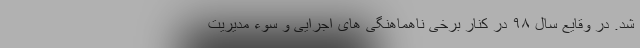
شد. در وقایع سال ۹۸ در کنار برخی ناهماهنگی های اجرایی و سوء مدیریت